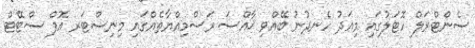
ސެންޓްރަލް ހޮޓަލުގައި މިއަދު ހެނދުނު ބޭއްވި ޚާއްސަ ރަސްމިއްޔާތެއްގައި މިނިސްޓަރ އޮފް ސްޓޭޓް